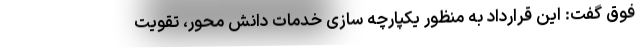
فوق گفت: این قرارداد به منظور یکپارچه سازی خدمات دانش محور، تقویت